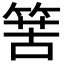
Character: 𥯶